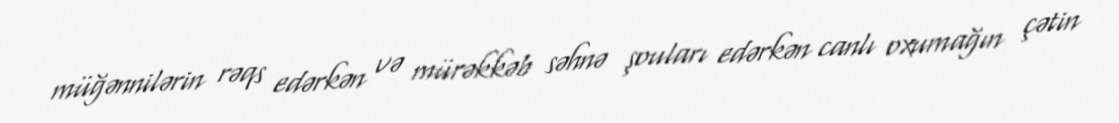
müğənnilərin rəqs edərkən və mürəkkəb səhnə şouları edərkən canlı oxumağın çətin